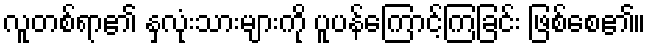
လူတစ်ရာ၏ နှလုံးသားများကို ပူပန်ကြောင့်ကြခြင်း ဖြစ်စေ၏။